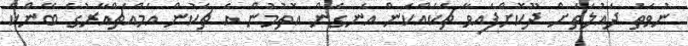
ނުވަތަ ދައުލަތަށް ދޫކޮށްފައިވާ ޗެކެއްކަން އެނގެން އޮތުމުން އެ ޗެކުން އެމްއެޗްއާރުގެ ބޭންކް